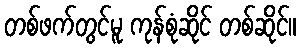
တစ်ဖက်တွင်မူ ကုန်စုံဆိုင် တစ်ဆိုင်။